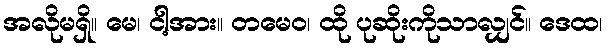
အလိုမရှိ။ မေ၊ ငါ့အား။ တမေဝ၊ ထို ပုဆိုးကိုသာလျှင်။ ဒေထ၊